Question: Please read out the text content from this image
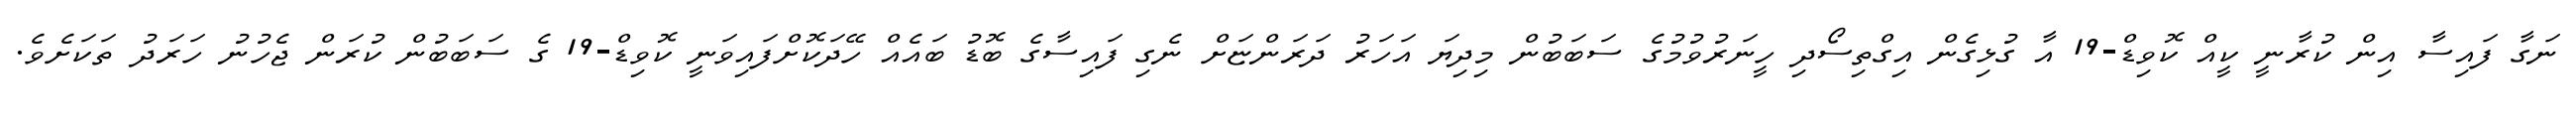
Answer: ނަގާ ފައިސާ އިން ކުރާނީ ކީއް ކޮވިޑް-19 އާ ގުޅިގެން އިގްތިސޯދި ހީނަރުވުމުގެ ސަބަބުން މިދިޔަ އަހަރު ދަރަންޏަށް ނެގި ފައިސާގެ ބޮޑު ބައެއް ހޭދަކޮށްފައިވަނީ ކޮވިޑް-19 ގެ ސަބަބުން ކުރަން ޖެހުނު ހަރަދު ތަކަށެވެ.